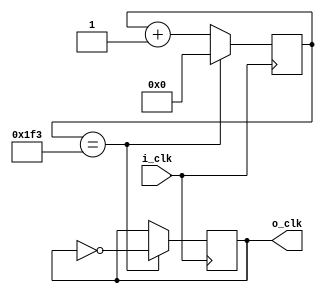
module clock_divider #(parameter INPUT_CLOCK = 1000000,
                        parameter OUTPUT_CLOCK = 1000)
                        (input i_clk,
                        output reg o_clk);

localparam TICKS = (INPUT_CLOCK/(2*OUTPUT_CLOCK));
localparam BITS = $clog2(TICKS);

reg [BITS-1:0] counter;

initial 
begin
    counter = 0;
    o_clk = 0;
end

always @(posedge i_clk) 
begin
    counter <= counter + 1'd1;

    if(counter == (TICKS-1))
    begin
        o_clk <= ~o_clk;
        counter <= 0;
    end
end

endmodule